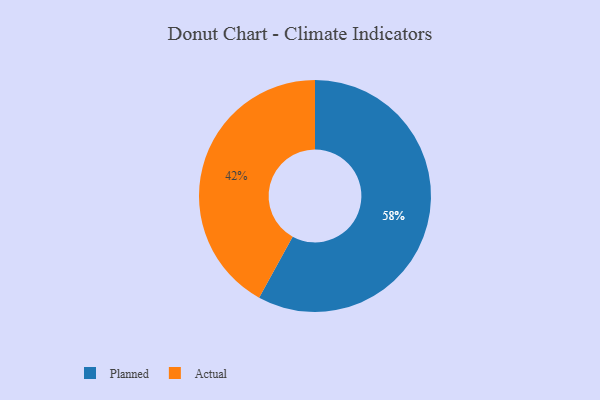
{"axis": {"x": "Category", "y": "Percentage"}, "legend": ["Actual", "Planned"], "data": [{"x": "Actual", "y": 42, "type": "Actual"}, {"x": "Planned", "y": 58, "type": "Planned"}]}